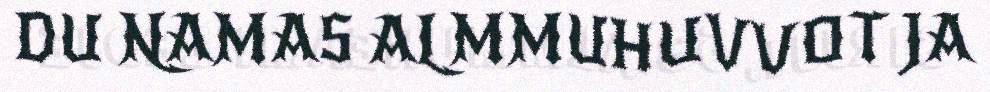
DU NAMAS ALMMUHUVVOT JA